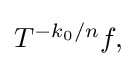
{\textstyle T^{-k_{0}/n}f,}